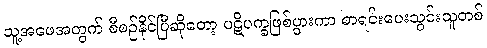
သူ့အဖေအတွက် စီစဉ်နိုင်ပြီဆိုတော့ ပဋိပက္ခဖြစ်ပွားကာ စာရင်းပေးသွင်းသူတစ်